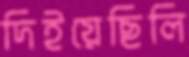
দিইয়েছিলি